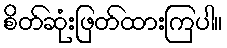
စိတ်ဆုံးဖြတ်ထားကြပါ။